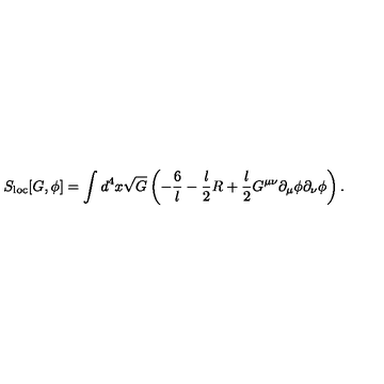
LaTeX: S _ { \mathrm { l o c } } [ G , \phi ] = \int d ^ { 4 } x \sqrt { G } \left( - \frac { 6 } { l } - { \frac { l } { 2 } } R + { \frac { l } { 2 } } G ^ { \mu \nu } \partial _ { \mu } \phi \partial _ { \nu } \phi \right) .